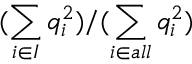
( \sum _ { i \in I } q _ { i } ^ { 2 } ) / ( \sum _ { i \in a l l } q _ { i } ^ { 2 } )